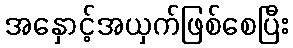
အနှောင့်အယှက်ဖြစ်စေပြီး